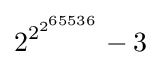
{2^{2^{2^{65536}}}}-3